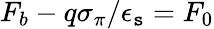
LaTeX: F_{b}-q\sigma_{\pi}/\epsilon_{\mathtt{s}}=F_{0}